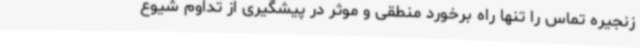
زنجیره تماس را تنها راه برخورد منطقی و موثر در پیشگیری از تداوم شیوع